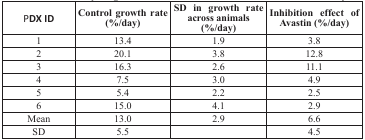
| PDX ID | Control growth rate (%/day) | SD in growth rate across animals (%/day) | Inhibition effect of Avastin (%/day) |
 | --- | --- | --- | --- |
 | 1 | 13.4 | 1.9 | 3.8 |
 | 2 | 20.1 | 3.8 | 12.8 |
 | 3 | 16.3 | 2.6 | 11.1 |
 | 4 | 7.5 | 3.0 | 4.9 |
 | 5 | 5.4 | 2.2 | 2.5 |
 | 6 | 15.0 | 4.1 | 2.9 |
 | Mean | 13.0 | 2.9 | 6.6 |
 | SD | 5.5 |  | 4.5 |